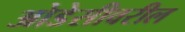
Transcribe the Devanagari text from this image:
ओडेसीवरील